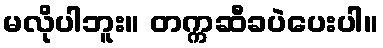
မလိုပါဘူး။ တက္ကဆီခပဲပေးပါ။